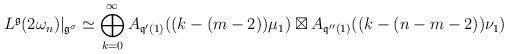
LaTeX: \begin{align*}L^{\frak{g}}(2\omega_n)|_{\frak{g}^\sigma}\simeq\bigoplus_{k=0}^{\infty} A_{\frak{q}'(1)}((k-(m-2))\mu_1)\boxtimes A_{\frak{q}''(1)}((k-(n-m-2))\nu_1)\end{align*}